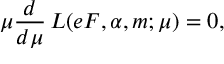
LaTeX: \mu \frac { d } { d \mu } \, { \cal L } ( e F , \alpha , m ; \mu ) = 0 ,